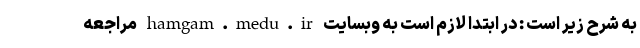
به شرح زیر است : در ابتدا لازم است به وبسایت hamgam.medu.ir مراجعه